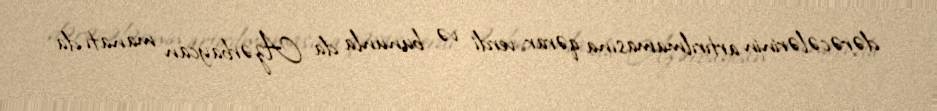
dərəcələrinin artırılmamasına qərar verdi və bununla da Azərbaycan manatı da